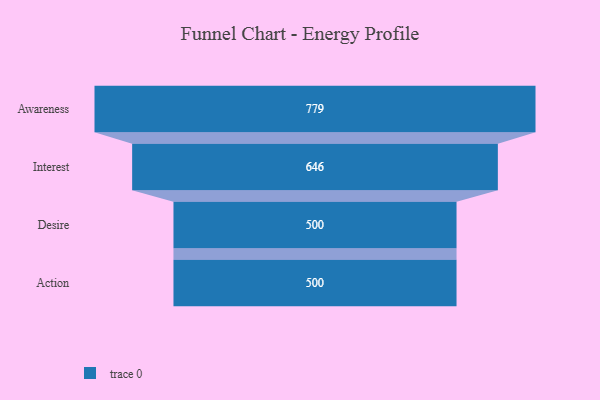
{"axis": {"x": "Stage", "y": "Value"}, "legend": [""], "data": [{"x": "Awareness", "y": 779.0, "type": ""}, {"x": "Interest", "y": 646.0, "type": ""}, {"x": "Desire", "y": 500, "type": ""}, {"x": "Action", "y": 500, "type": ""}]}